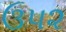
ઉ૫૨